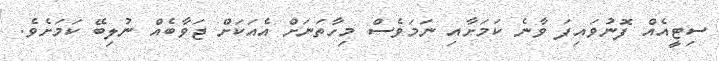
ސިޓީއެއް ފޮނުވައިފަ ވާނެ ކަމަށާއި ނަމަވެސް މިހާތަނަށް އެއަކަށް ޖަވާބެއް ނުލިބޭ ކަމަށެވެ.